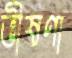
ভীষণা